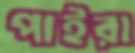
পাইরা